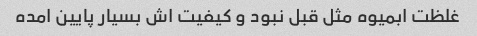
غلظت ابمیوه مثل قبل نبود و کیفیت اش بسیار پایین امده